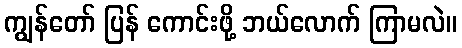
ကျွန်တော် ပြန် ကောင်းဖို့ ဘယ်လောက် ကြာမလဲ။